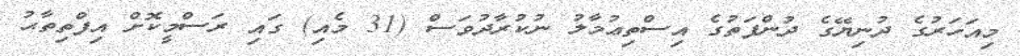
މިއަހަރުގެ ދުނިޔޭގެ ދުންފަތުގެ އިސްތިޢުމާލު ނުކުރާދުވަސް (31 މެއި) ގައި ރަސްމީކޮށް އިފްތިތާޙު